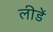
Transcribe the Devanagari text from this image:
लीडें